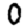
Digit: 0